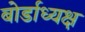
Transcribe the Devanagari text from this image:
बोर्डाध्यक्ष